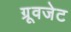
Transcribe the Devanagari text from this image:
ग्रूवजेट